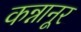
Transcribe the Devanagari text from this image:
कन्नानूर